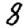
Digit: 8